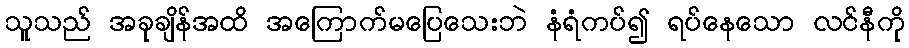
သူသည် အခုချိန်အထိ အကြောက်မပြေသေးဘဲ နံရံကပ်၍ ရပ်နေသော လင်နီကို